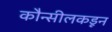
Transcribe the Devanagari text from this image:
कौन्सीलकडून